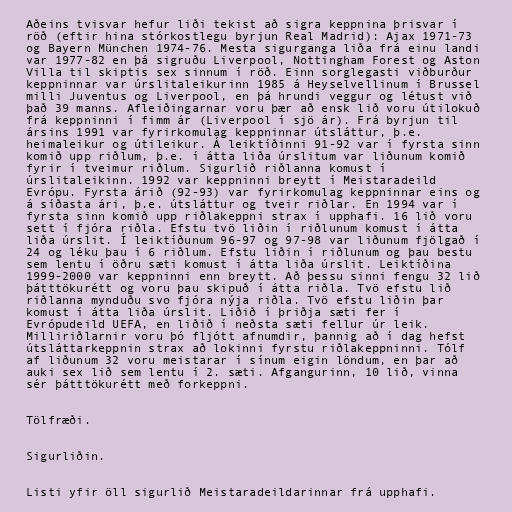
Aðeins tvisvar hefur liði tekist að sigra keppnina þrisvar í
röð (eftir hina stórkostlegu byrjun Real Madrid): Ajax 1971-73
og Bayern München 1974-76. Mesta sigurganga liða frá einu landi
var 1977-82 en þá sigruðu Liverpool, Nottingham Forest og Aston
Villa til skiptis sex sinnum í röð. Einn sorglegasti viðburður
keppninnar var úrslitaleikurinn 1985 á Heyselvellinum í Brussel
milli Juventus og Liverpool, en þá hrundi veggur og létust við
það 39 manns. Afleiðingarnar voru þær að ensk lið voru útilokuð
frá keppninni í fimm ár (Liverpool í sjö ár). Frá byrjun til
ársins 1991 var fyrirkomulag keppninnar útsláttur, þ.e.
heimaleikur og útileikur. Á leiktíðinni 91-92 var í fyrsta sinn
komið upp riðlum, þ.e. í átta liða úrslitum var liðunum komið
fyrir í tveimur riðlum. Sigurlið riðlanna komust í
úrslitaleikinn. 1992 var keppninni breytt í Meistaradeild
Evrópu. Fyrsta árið (92-93) var fyrirkomulag keppninnar eins og
á síðasta ári, þ.e. útsláttur og tveir riðlar. En 1994 var í
fyrsta sinn komið upp riðlakeppni strax í upphafi. 16 lið voru
sett í fjóra riðla. Efstu tvö liðin í riðlunum komust í átta
liða úrslit. Í leiktíðunum 96-97 og 97-98 var liðunum fjölgað í
24 og léku þau í 6 riðlum. Efstu liðin í riðlunum og þau bestu
sem lentu í öðru sæti komust í átta liða úrslit. Leiktíðina
1999-2000 var keppninni enn breytt. Að þessu sinni fengu 32 lið
þátttökurétt og voru þau skipuð í átta riðla. Tvö efstu lið
riðlanna mynduðu svo fjóra nýja riðla. Tvö efstu liðin þar
komust í átta liða úrslit. Liðið í þriðja sæti fer í
Evrópudeild UEFA, en liðið í neðsta sæti fellur úr leik.
Milliriðlarnir voru þó fljótt afnumdir, þannig að í dag hefst
útsláttarkeppnin strax að lokinni fyrstu riðlakeppninni. Tólf
af liðunum 32 voru meistarar í sínum eigin löndum, en þar að
auki sex lið sem lentu í 2. sæti. Afgangurinn, 10 lið, vinna
sér þátttökurétt með forkeppni.

Tölfræði.

Sigurliðin.

Listi yfir öll sigurlið Meistaradeildarinnar frá upphafi.